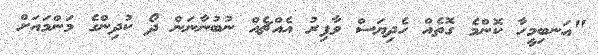
"އަނބިމީހާ ކޮންމެ ގޮތެއް ހެދިޔަސް ވާފިރު އެއްޗެއް ނުބުނާނަން ދޯ ކުދިންގެ މަންމައަށް